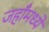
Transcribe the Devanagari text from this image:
जहाँमध्ये